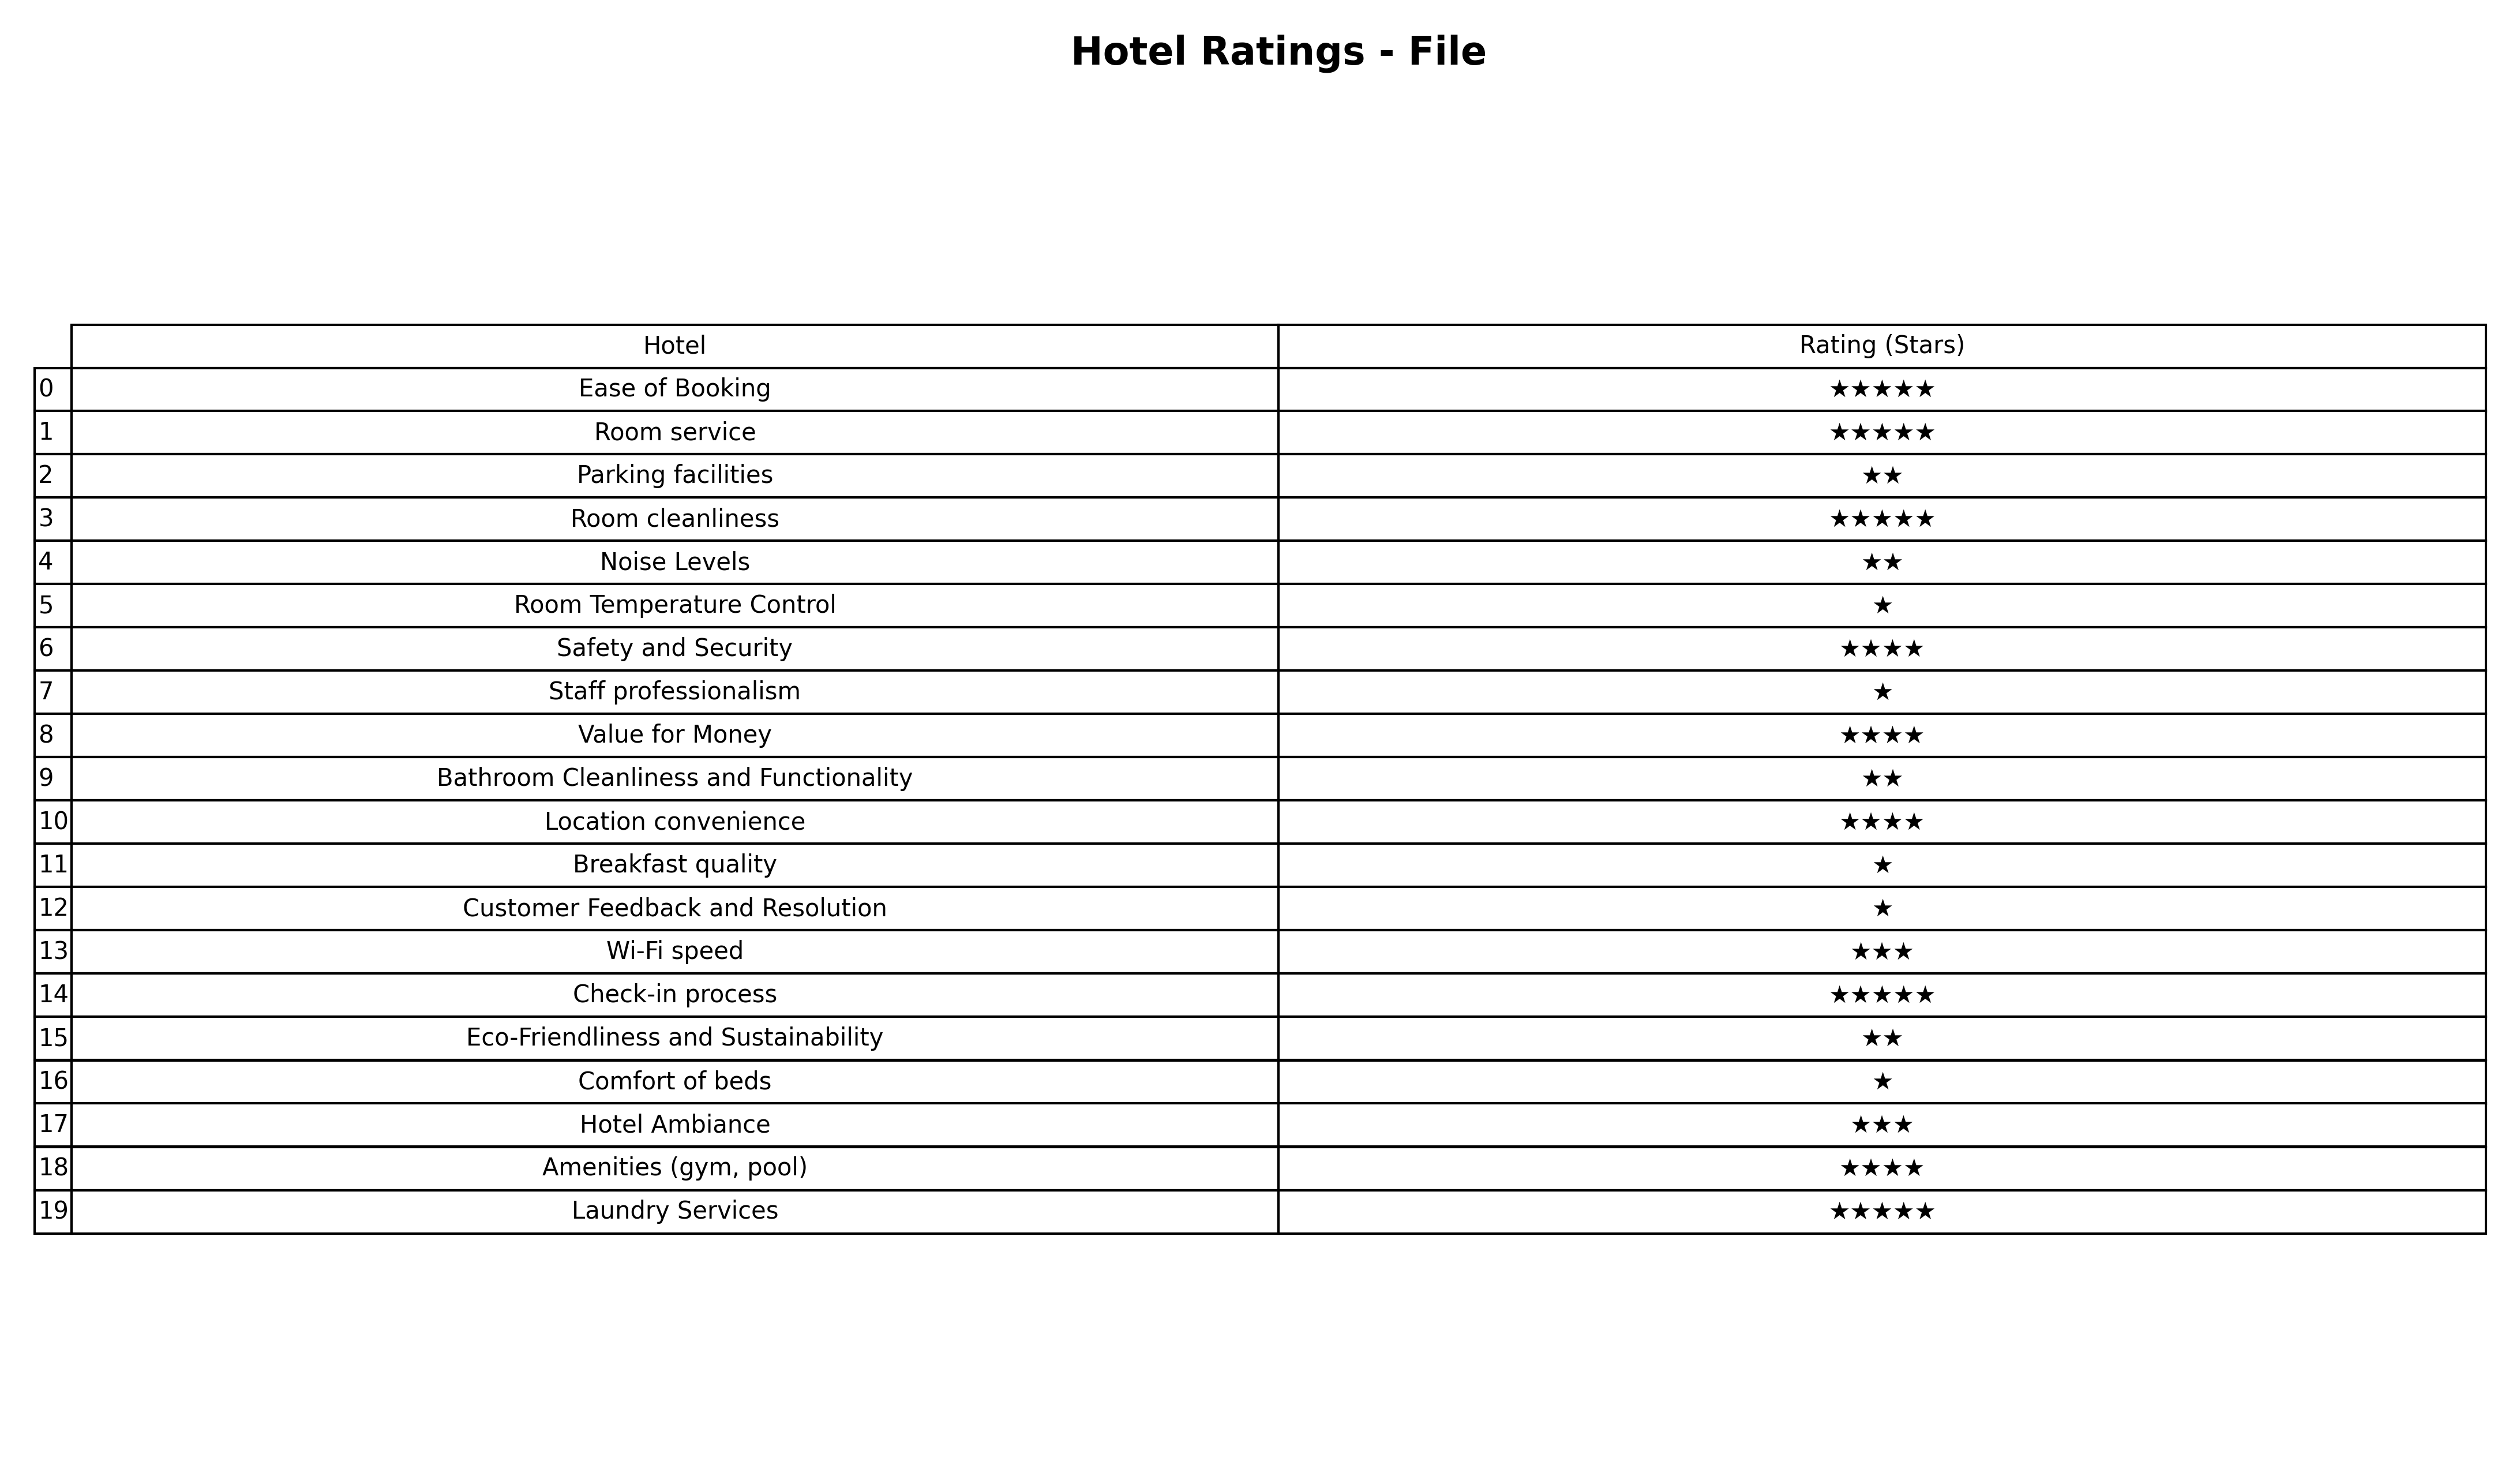
question: What is the rating of Noise Levels?
answer: ★★